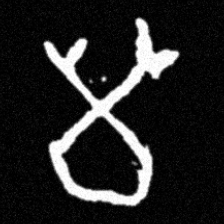
Pyu character \u2014 Myanmar letter: မ (romanized: ma)